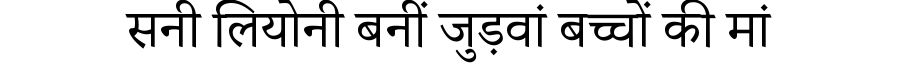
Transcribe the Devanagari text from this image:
सनी लियोनी बनीं जुड़वां बच्चों की मां